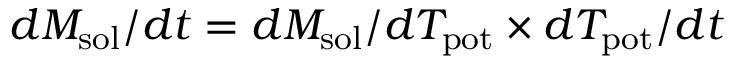
d M _ { \mathrm { s o l } } / d t = d M _ { \mathrm { s o l } } / d T _ { \mathrm { p o t } } \times d T _ { \mathrm { p o t } } / d t